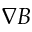
\nabla B